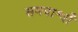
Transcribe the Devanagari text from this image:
समपार्श्वों